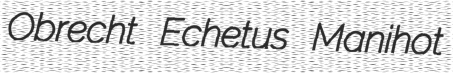
Obrecht Echetus Manihot